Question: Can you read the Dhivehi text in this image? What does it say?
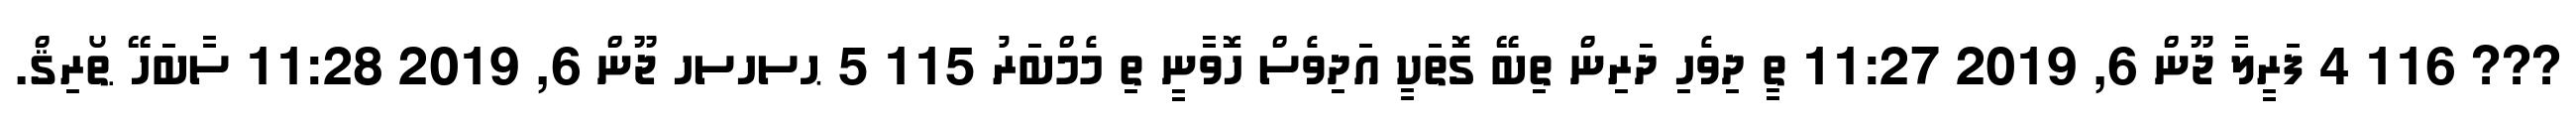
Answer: ??? 116 4 ފަރީލާ ޖޫން 6, 2019 11:27 ތީ ދިވެހި ދަރިން ތިބޭ ގޮތަކީ އަދިވެސް ހޮވާނީ ތި މެމްބަރު 115 5 ޙސހސހ ޖޫން 6, 2019 11:28 ސާބަހޭ ޠޯރިޤް.